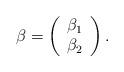
LaTeX: \begin{align*}\beta =\left( \begin{array}{c} \beta_1 \\\beta_2 \end{array}\right).\end{align*}